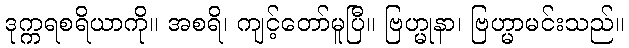
ဒုက္ကရစရိယာကို။ အစရိ၊ ကျင့်တော်မူပြီ။ ဗြဟ္မုနာ၊ ဗြဟ္မာမင်းသည်။